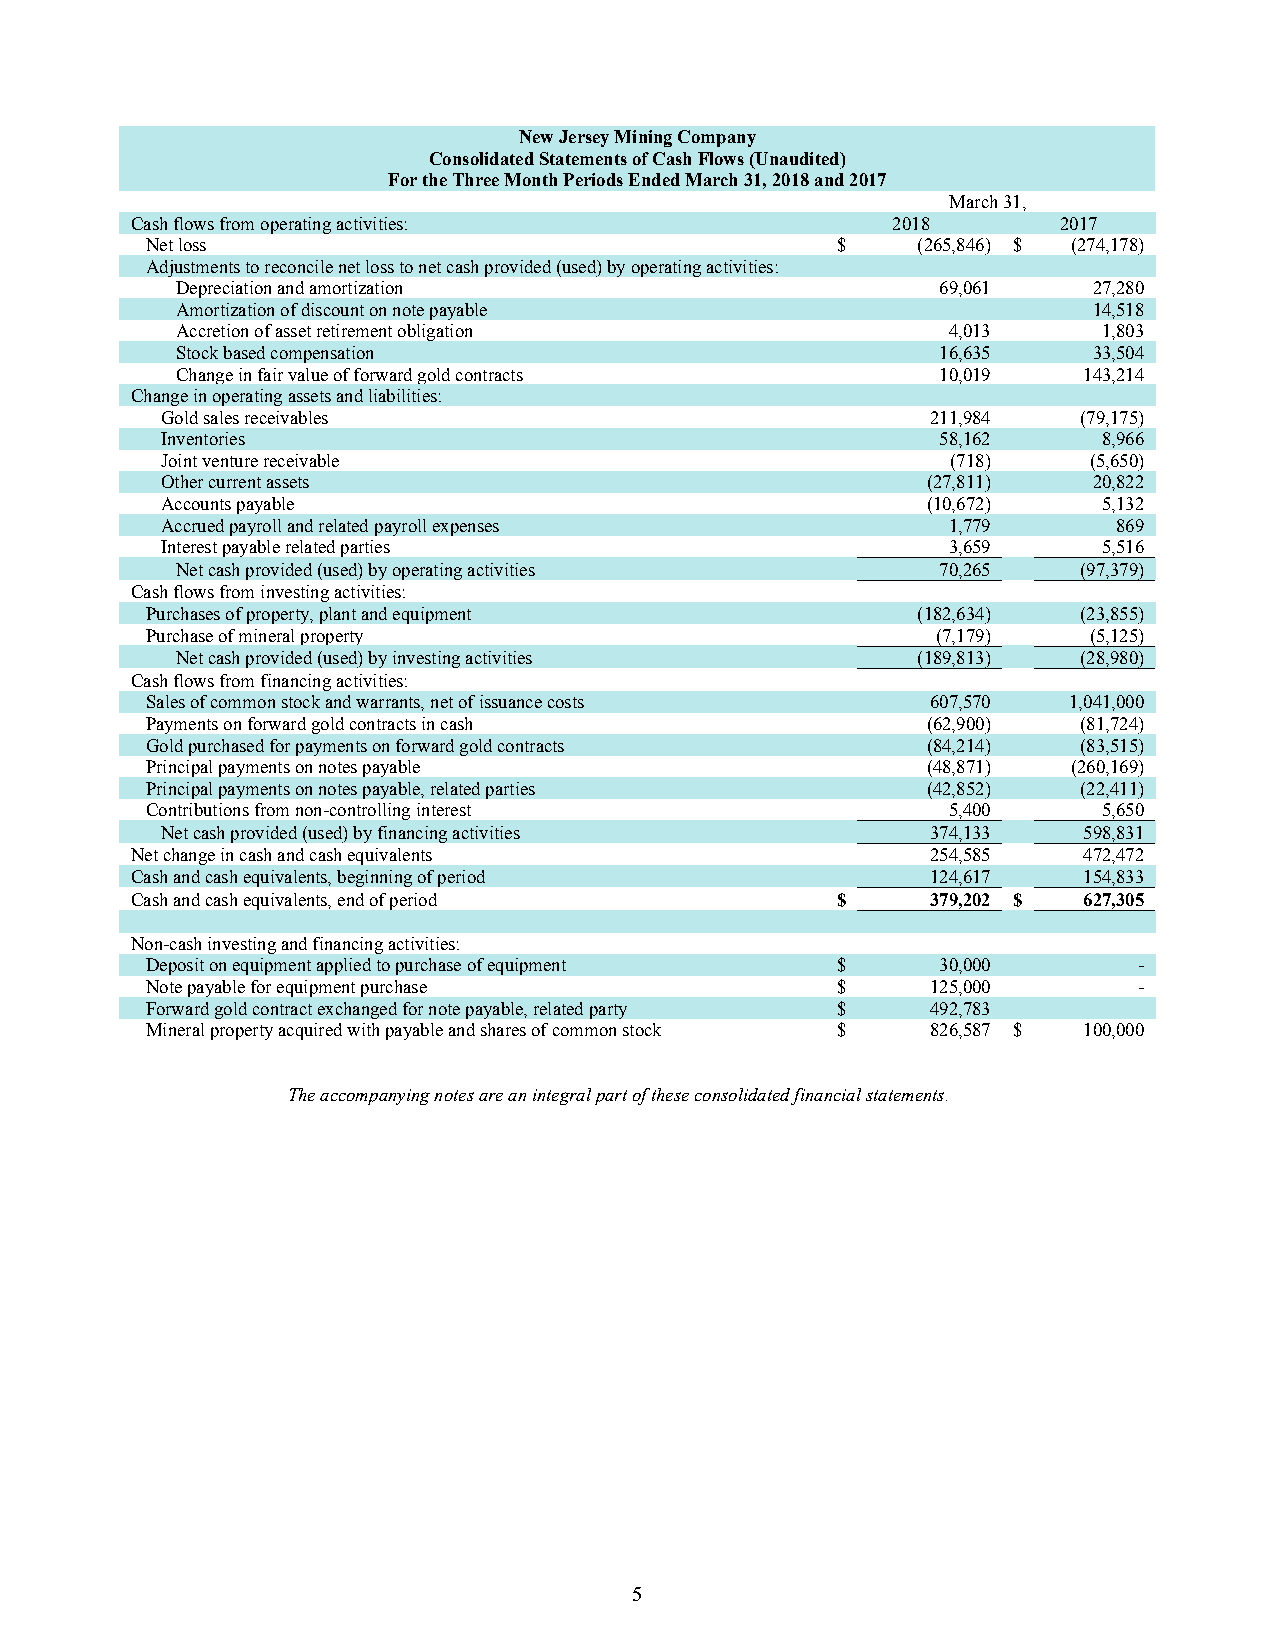
New Jersey Mining Company
 Consolidated Statements of Cash Flows (Unaudited)
 For the Three Month Periods Ended March 31, 2018 and 2017
 March 31,
 Cash flows from operating activities:             2018       2017
 Net loss                                     $     (265,846) $ (274,178)
 Adjustments to reconcile net loss to net cash provided (used) by operating activities:
 Depreciation and amortization                     69,061    27,280
 Amortization of discount on note payable                    14,518
 Accretion of asset retirement obligation           4,013     1,803
 Stock based compensation                          16,635    33,504
 Change in fair value of forward gold contracts    10,019    143,214
 Change in operating assets and liabilities:
 Gold sales receivables                             211,984   (79,175)
 Inventories                                        58,162     8,966
 Joint venture receivable                            (718)    (5,650)
 Other current assets                              (27,811)   20,822
 Accounts payable                                  (10,672)    5,132
 Accrued payroll and related payroll expenses        1,779      869
 Interest payable related parties                    3,659     5,516
 Net cash provided (used) by operating activities  70,265    (97,379)
 Cash flows from investing activities:
 Purchases of property, plant and equipment         (182,634)  (23,855)
 Purchase of mineral property                        (7,179)   (5,125)
 Net cash provided (used) by investing activities (189,813)  (28,980)
 Cash flows from financing activities:
 Sales of common stock and warrants, net of issuance costs 607,570 1,041,000
 Payments on forward gold contracts in cash         (62,900)   (81,724)
 Gold purchased for payments on forward gold contracts (84,214) (83,515)
 Principal payments on notes payable                (48,871)  (260,169)
 Principal payments on notes payable, related parties (42,852) (22,411)
 Contributions from non-controlling interest          5,400     5,650
 Net cash provided (used) by financing activities   374,133   598,831
 Net change in cash and cash equivalents              254,585   472,472
 Cash and cash equivalents, beginning of period       124,617   154,833
 Cash and cash equivalents, end of period      $      379,202 $ 627,305
 Non-cash investing and financing activities:
 Deposit on equipment applied to purchase of equipment $ 30,000   -
 Note payable for equipment purchase          $      125,000      -
 Forward gold contract exchanged for note payable, related party $ 492,783
 Mineral property acquired with payable and shares of common stock $ 826,587 $ 100,000
 The accompanying notes are an integral part of these consolidated financial statements.
 5